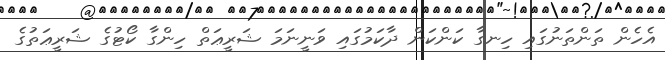
އެހެން ތަންތަނުގައި ހިނގާ ކަންކަން ދާކަމުގައި ވަނީނަމަ ޝަރީޢަތް ހިންގާ ކޯޓުގެ ޝަރީޢަތުގެ